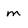
Character: m